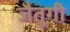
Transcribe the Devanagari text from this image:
जैतुगी